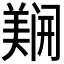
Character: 𲉇